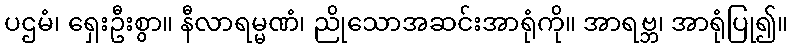
ပဌမံ၊ ရှေးဦးစွာ။ နီလာရမ္မဏံ၊ ညိုသောအဆင်းအာရုံကို။ အာရဗ္ဘ၊ အာရုံပြု၍။